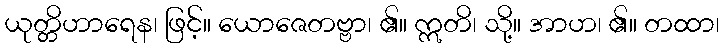
ယုတ္တိဟာရေန၊ ဖြင့်။ ယောဇေတဗ္ဗာ၊ ၏။ ဣတိ၊ သို့။ အာဟ၊ ၏။ တထာ၊